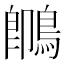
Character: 䳭